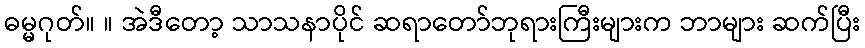
ဓမ္မဂုတ်။ ။ အဲဒီတော့ သာသနာပိုင် ဆရာတော်ဘုရားကြီးများက ဘာများ ဆက်ပြီး